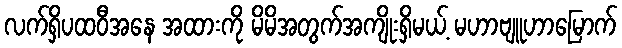
လက်ရှိပထဝီအနေ အထားကို မိမိအတွက်အကျိုးရှိမယ့် မဟာဗျူဟာမြောက်